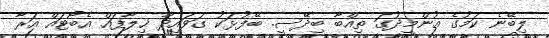
ލިބޭނެ ކަމުގެ އުންމީދުގަ ތިއްބާ ބިދޭސީ. ބޭފުޅަކު ގަވައިދާ ޚިލާފައް އެބޯޓައް އަރާ